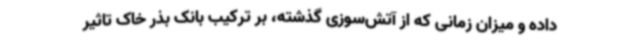
داده و میزان زمانی که از آتش‌سوزی گذشته، بر ترکیب بانک بذر خاک تاثیر